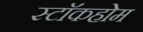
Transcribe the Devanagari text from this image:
स्टाॅकहोम